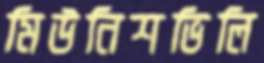
মিউনিশভিলি